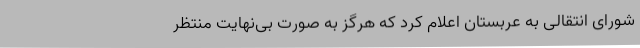
شورای انتقالی به عربستان اعلام کرد که هرگز به صورت بی‌نهایت منتظر